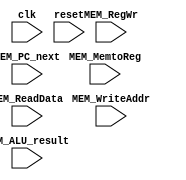
`timescale 1ns / 1ps
//////////////////////////////////////////////////////////////////////////////////
// Class: Experiments on Fundamentals of Digital Logic and Processor
// Designer: Shao Chenyang
// 
// Design Name: PipelineCPU
// Module Name: MEM_WB_Reg
// Project Name: Pipeline-cpu
// Target Devices: 
// Tool Versions: Vivado 2017.4 
// Description:  PipeLine regs between the MEM and WB stages
// 
// Dependencies: 
// 
// Revision:
// Revision 0.01 - File Created
// Additional Comments:
// 
//////////////////////////////////////////////////////////////////////////////////

module MEM_WB_Reg (clk,reset,MEM_MemtoReg,MEM_RegWr,MEM_WriteAddr,MEM_ReadData,
                MEM_ALU_result,MEM_PC_next);

    input clk;
    input reset;
    input [1:0] MEM_MemtoReg;
    input MEM_RegWr;
    input [4:0] MEM_WriteAddr;
    input [31:0] MEM_ReadData;
    input [31:0] MEM_ALU_result;
    input [31:0] MEM_PC_next;

    reg RegWr;
    reg [1:0] MemtoReg;
    reg [4:0] WriteAddr;
    reg [31:0] ReadData;
    reg [31:0] ALU_result;
    reg [31:0] PC_next;

    always @(posedge clk or posedge reset) begin
        if (reset) 
        begin
            RegWr<= 0;
            MemtoReg<= 0;
            WriteAddr<= 0;
            ReadData<= 0;
            ALU_result<= 0;
            PC_next<= 0;
        end
        else 
        begin
            RegWr <= MEM_RegWr;
            MemtoReg <= MEM_MemtoReg;
            WriteAddr <= MEM_WriteAddr;
            ReadData <= MEM_ReadData;
            ALU_result <= MEM_ALU_result;
            PC_next <= MEM_PC_next;
        end
    end

endmodule